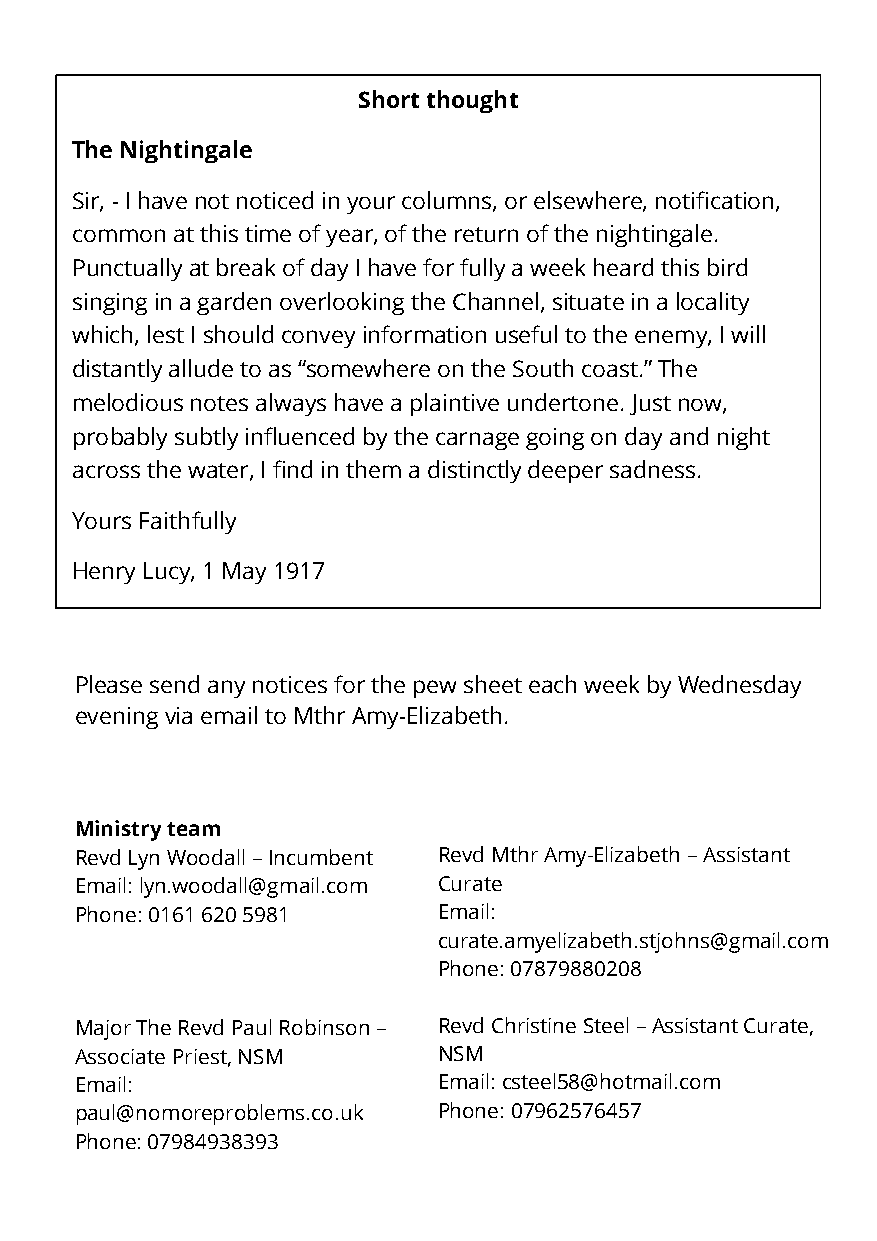
Short thought
 The Nightingale
 Sir, - I have not noticed in your columns, or elsewhere, notification,
 common at this time of year, of the return of the nightingale.
 Punctually at break of day I have for fully a week heard this bird
 singing in a garden overlooking the Channel, situate in a locality
 which, lest I should convey information useful to the enemy, I will
 distantly allude to as “somewhere on the South coast.” The
 melodious notes always have a plaintive undertone. Just now,
 probably subtly influenced by the carnage going on day and night
 across the water, I find in them a distinctly deeper sadness.
 Yours Faithfully
 Henry Lucy, 1 May 1917
 Please send any notices for the pew sheet each week by Wednesday
 evening via email to Mthr Amy-Elizabeth.
 Ministry team
 Revd Lyn Woodall – Incumbent Revd Mthr Amy-Elizabeth – Assistant
 Email: lyn.woodall@gmail.com Curate
 Phone: 0161 620 5981    Email:
 curate.amyelizabeth.stjohns@gmail.com
 Phone: 07879880208
 Major The Revd Paul Robinson – Revd Christine Steel – Assistant Curate,
 Associate Priest, NSM   NSM
 Email:                  Email: csteel58@hotmail.com
 paul@nomoreproblems.co.uk Phone: 07962576457
 Phone: 07984938393